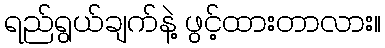
ရည်ရွယ်ချက်နဲ့ ဖွင့်ထားတာလား။